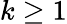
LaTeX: k\geq 1